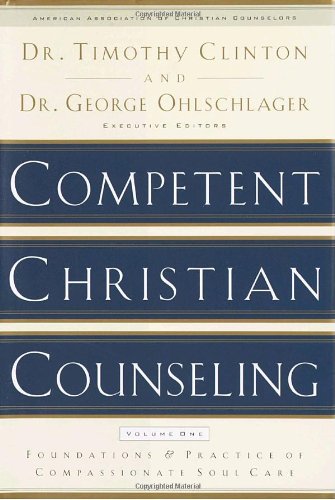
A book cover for Competent Christian Counseling, Volume One: Foundations and Practice of Compassionate Soul Care; Medical Books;